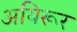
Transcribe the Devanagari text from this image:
अयिरूर